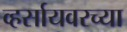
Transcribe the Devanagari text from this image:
व्हर्सायवरच्या